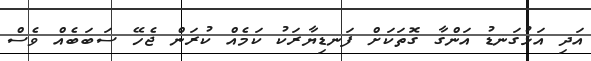
އަދި އަޅުގަނޑު އަންގާ ގޮތަކަށް ފަނޑިޔާރަކު ކަމެއް ކުރަން ޖެހޭ ސަބަބެއް ވެސް